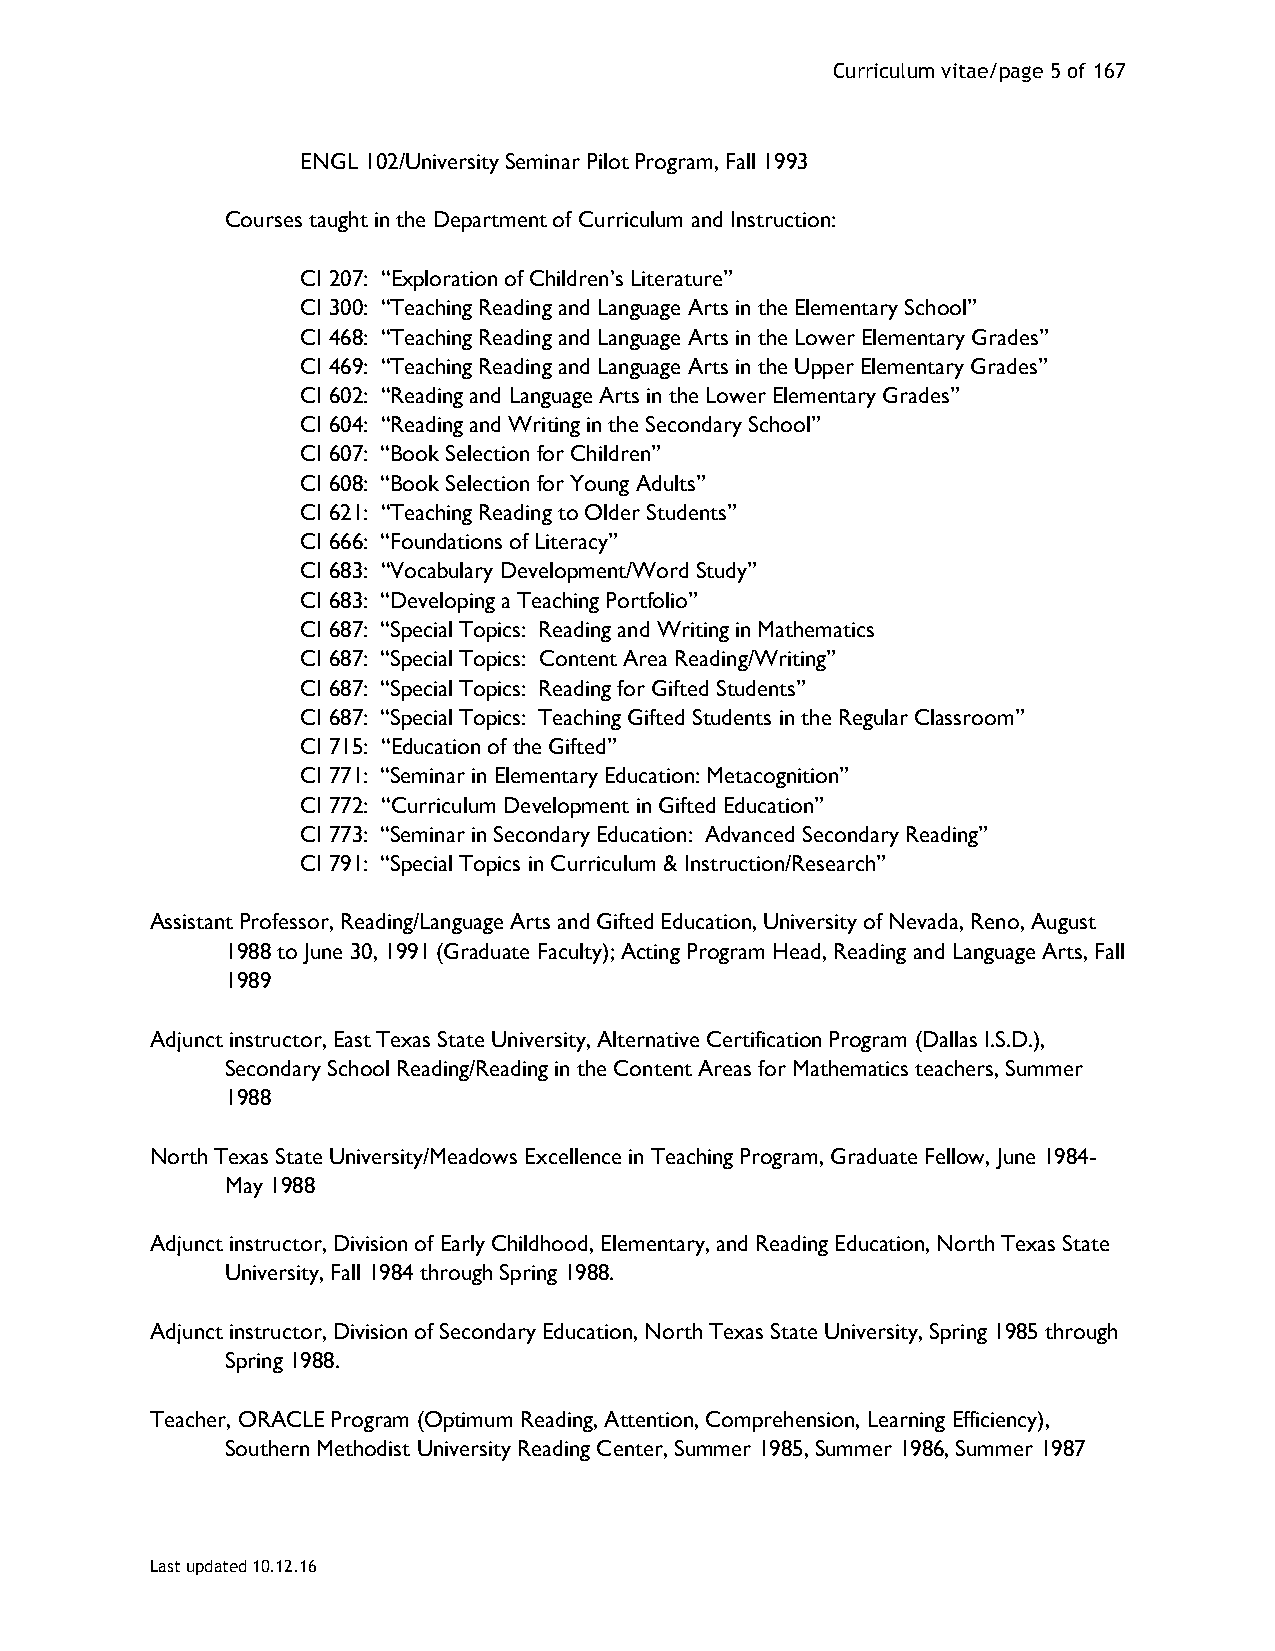
Curriculum vitae/page 5 of 167
 ENGL 102/University Seminar Pilot Program, Fall 1993
 Courses taught in the Department of Curriculum and Instruction:
 CI 207: “Exploration of Children’s Literature”
 CI 300: “Teaching Reading and Language Arts in the Elementary School”
 CI 468: “Teaching Reading and Language Arts in the Lower Elementary Grades”
 CI 469: “Teaching Reading and Language Arts in the Upper Elementary Grades”
 CI 602: “Reading and Language Arts in the Lower Elementary Grades”
 CI 604: “Reading and Writing in the Secondary School”
 CI 607: “Book Selection for Children”
 CI 608: “Book Selection for Young Adults”
 CI 621: “Teaching Reading to Older Students”
 CI 666: “Foundations of Literacy”
 CI 683: “Vocabulary Development/Word Study”
 CI 683: “Developing a Teaching Portfolio”
 CI 687: “Special Topics: Reading and Writing in Mathematics
 CI 687: “Special Topics: Content Area Reading/Writing”
 CI 687: “Special Topics: Reading for Gifted Students”
 CI 687: “Special Topics: Teaching Gifted Students in the Regular Classroom”
 CI 715: “Education of the Gifted”
 CI 771: “Seminar in Elementary Education: Metacognition”
 CI 772: “Curriculum Development in Gifted Education”
 CI 773: “Seminar in Secondary Education: Advanced Secondary Reading”
 CI 791: “Special Topics in Curriculum & Instruction/Research”
 Assistant Professor, Reading/Language Arts and Gifted Education, University of Nevada, Reno, August
 1988 to June 30, 1991 (Graduate Faculty); Acting Program Head, Reading and Language Arts, Fall
 1989
 Adjunct instructor, East Texas State University, Alternative Certification Program (Dallas I.S.D.),
 Secondary School Reading/Reading in the Content Areas for Mathematics teachers, Summer
 1988
 North Texas State University/Meadows Excellence in Teaching Program, Graduate Fellow, June 1984-
 May 1988
 Adjunct instructor, Division of Early Childhood, Elementary, and Reading Education, North Texas State
 University, Fall 1984 through Spring 1988.
 Adjunct instructor, Division of Secondary Education, North Texas State University, Spring 1985 through
 Spring 1988.
 Teacher, ORACLE Program (Optimum Reading, Attention, Comprehension, Learning Efficiency),
 Southern Methodist University Reading Center, Summer 1985, Summer 1986, Summer 1987
 Last updated 10.12.16